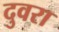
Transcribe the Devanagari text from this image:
दुवरा